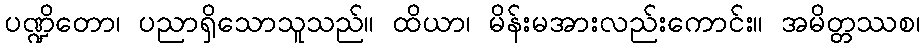
ပဏ္ဍိတော၊ ပညာရှိသောသူသည်။ ထိယာ၊ မိန်းမအားလည်းကောင်း။ အမိတ္တဿစ၊